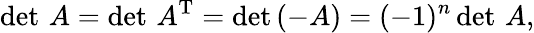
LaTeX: \operatorname*{det}\, A=\operatorname*{det}\, A^{\mathrm{T}}=\operatorname*{det}\left(-A\right)=(-1)^{n}\operatorname*{det}\, A,